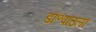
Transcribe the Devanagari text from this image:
डॉ॰पाउला